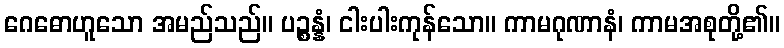
ဂေဓောဟူသော အမည်သည်။ ပဉ္စန္နံ၊ ငါးပါးကုန်သော။ ကာမဂုဏာနံ၊ ကာမအစုတို့၏။